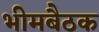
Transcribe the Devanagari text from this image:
भीमबैठक